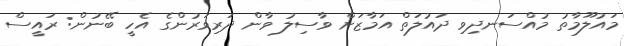
މައުލޫމާތު މުއްސަނދިވި ދައުލަތް އަމާޒަށް ވާސިލު ވާން ދަރިވަރުންގެ އެހީ ބޭނުން: ރައީސް